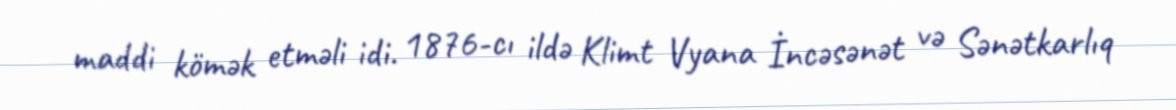
maddi kömək etməli idi. 1876-cı ildə Klimt Vyana İncəsənət və Sənətkarlıq